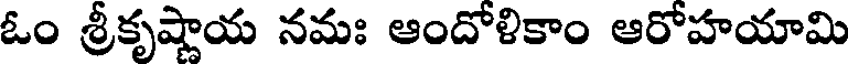
ఓం శ్రీకృషాయ నమః ఆందోళికాం ఆరోహయామి